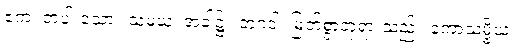
ဧကံ၊ တပါးသော။ သမယံ၊ အခါ၌။ ဘဂဝါ၊ မြတ်စွာဘုရားသည်။ ကောသမ္ဗိယံ၊